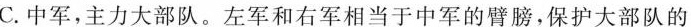
C.中军，主力大部队。左军和右军相当于中军的臂膀，保护大部队的